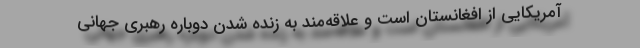
آمریکایی از افغانستان است و علاقه‌مند به زنده شدن دوباره رهبری جهانی